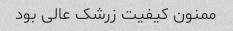
ممنون کیفیت زرشک عالی بود